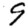
Digit: 9